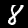
Label: 8